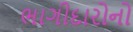
ભાગીદારોનો